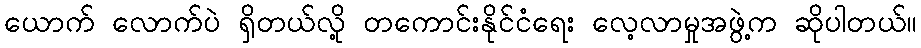
ယောက် လောက်ပဲ ရှိတယ်လို့ တကောင်းနိုင်ငံရေး လေ့လာမှုအဖွဲ့က ဆိုပါတယ်။